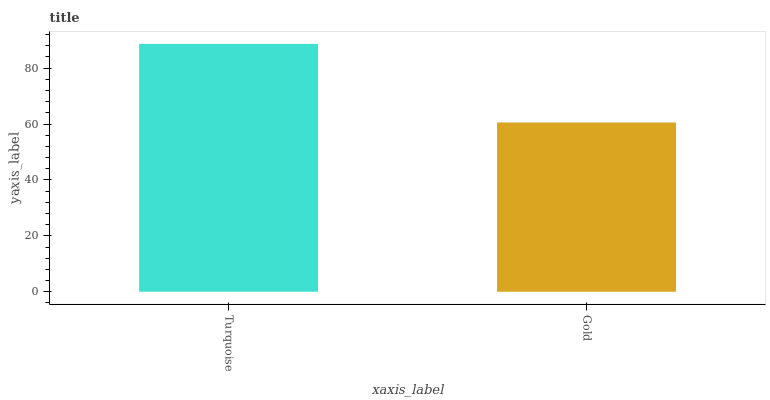
| xaxis_label | bars |
 | --- | --- |
 | Turquoise | 88.7 |
 | Gold | 60.6 |